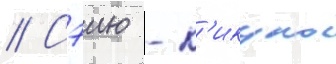
// Сэию - к'икуко